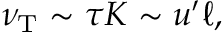
\nu _ { \mathrm { { T } } } \sim \tau K \sim u ^ { \prime } \ell ,